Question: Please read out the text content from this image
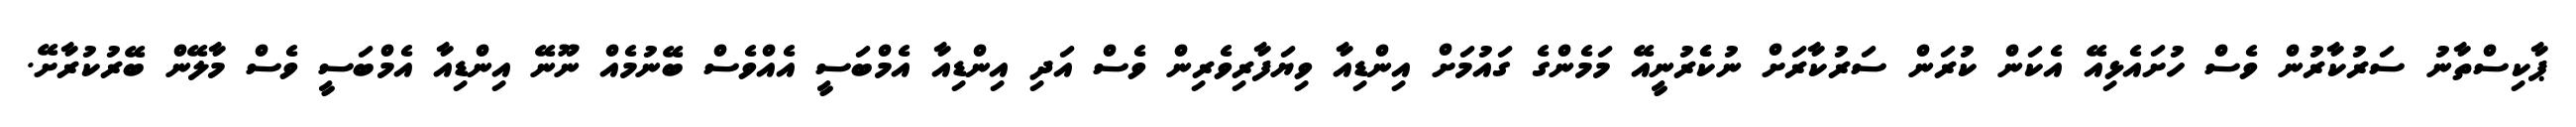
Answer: ޕާކިސްތާނު ސަރުކާރުން ވެސް ހުށައެޅިއޭ އެކަން ކުރަން ސަރުކާރަށް ނުކެެރުނީއޭ މަމެންގެ ގައުމަށް އިންޑިއާ ވިޔަފާރިވެރިން ވެސް އަދި އިންޑިއާ އެމްބަސީ އެއްވެސް ބޭނުމެއް ނޫނޭ އިންޑިއާ އެމްބަސީ ވެސް މާލޭން ބޭރުކުރާށޭ.